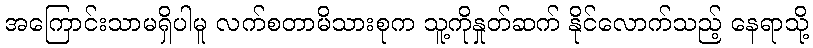
အကြောင်းသာမရှိပါမူ လက်စတာမိသားစုက သူ့ကိုနှုတ်ဆက် နိုင်လောက်သည့် နေရာသို့